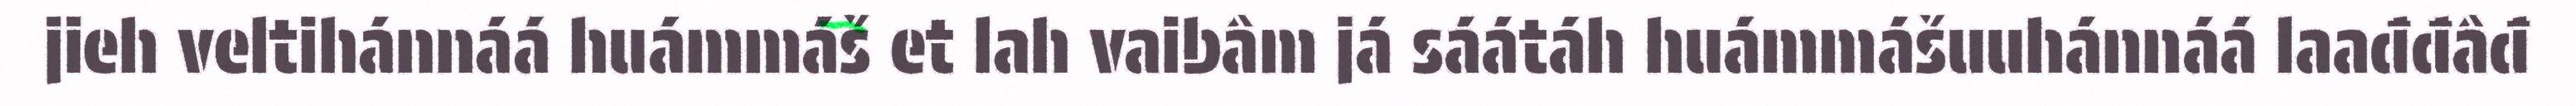
jieh veltihánnáá huámmáš et lah vaibâm já sáátáh huámmášuuhánnáá laađđâđ